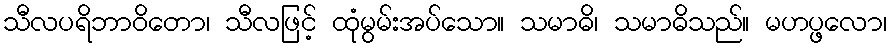
သီလပရိဘာဝိတော၊ သီလဖြင့် ထုံမွမ်းအပ်သော။ သမာဓိ၊ သမာဓိသည်။ မဟပ္ဖလော၊